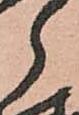
郎